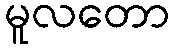
မူလတော